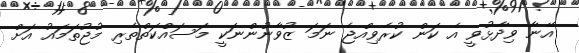
އޭނާ ވިދާޅުވީ އެ ކަން ކުރެވިއްޖެ ނަމަ ޒުވާނުންނަކީ މަސައްކަތްތެރި މުޖުތަމައު އަށް